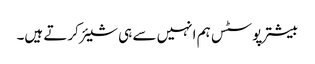
بیشتر پوسٹس ہم انہیں سے ہی شیئر کرتے ہیں۔